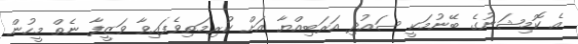
އެ ކޮމިޝަނުގެ ބޭނުމަކީ ސައުދި އަރަބިއްޔާ އަށް ކުރިމަތިވެފައިވާ ވަޒީފާ ނެތް މީހުން